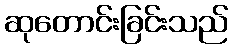
ဆုတောင်းခြင်းသည်